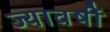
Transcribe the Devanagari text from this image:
ज्यावर्षी